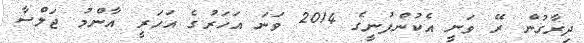
ދިރާގުން ރޭ ވަނީ އެކުންފުނީގެ 2014 ވަނަ އަހަރުގެ އަހަރީ އާންމު ޖަލްސާ